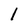
Character: l